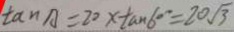
\tan A = 2 0 x \tan 6 0 ^ { \circ } = 2 0 \sqrt { 3 }